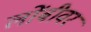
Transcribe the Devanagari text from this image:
लोंबीवर